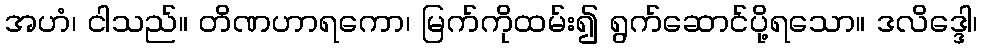
အဟံ၊ ငါသည်။ တိဏဟာရကော၊ မြက်ကိုထမ်း၍ ရွက်ဆောင်ပို့ရသော။ ဒလိဒ္ဒေါ၊